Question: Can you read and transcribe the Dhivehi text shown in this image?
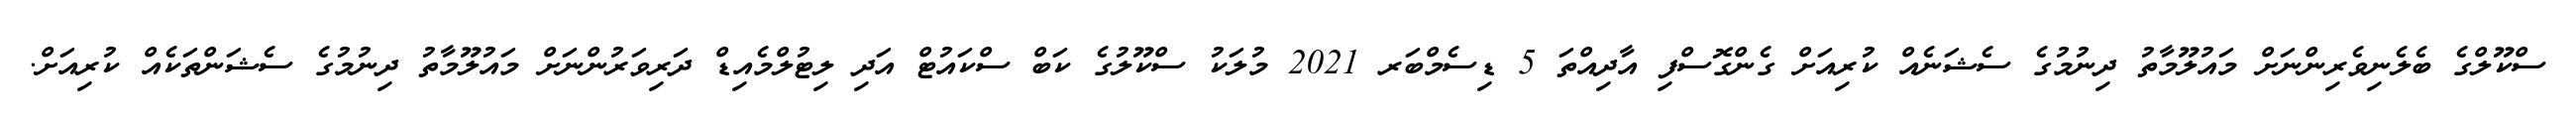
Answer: ސްކޫލްގެ ބެލެނިވެރިންނަށް މައުލޫމާތު ދިނުމުގެ ސެޝަނެއް ކުރިއަށް ގެންގޮސްފި އާދިއްތަ 5 ޑިސެމްބަރ 2021 މުލަކު ސްކޫލުގެ ކަބް ސްކައުޓް އަދި ލިޓުލްމެއިޑް ދަރިވަރުންނަށް މައުލޫމާތު ދިނުމުގެ ސެޝަންތަކެއް ކުރިއަށް.